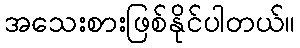
အသေးစားဖြစ်နိုင်ပါတယ်။